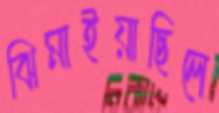
ঝিমাইয়াছিলে